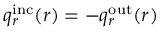
q _ { r } ^ { \mathrm { i n c } } ( r ) = - q _ { r } ^ { \mathrm { o u t } } ( r )